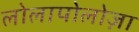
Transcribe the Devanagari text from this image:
लोलापोलोज़ा